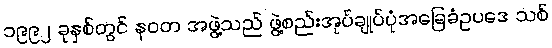
၁၉၉၂ ခုနှစ်တွင် နဝတ အဖွဲ့သည် ဖွဲ့စည်းအုပ်ချုပ်ပုံအခြေခံဥပဒေ သစ်